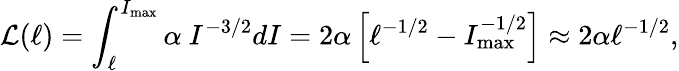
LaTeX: \mathcal{L}(\ell)=\int_{\ell}^{I_{\mathrm{max}}}\alpha~I^{-3/2}dI=2\alpha\left[\ell^{-1/2}-I_{\mathrm{max}}^{-1/2}\right]\approx 2\alpha\ell^{-1/2},